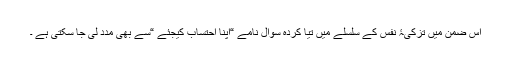
اس ضمن میں تزکیۂ نفس کے سلسلے میں تیا کردہ سوال نامے “اپنا احتساب کیجئے “سے بھی مدد لی جا سکتی ہے ۔